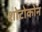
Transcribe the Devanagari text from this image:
शोटोकोन